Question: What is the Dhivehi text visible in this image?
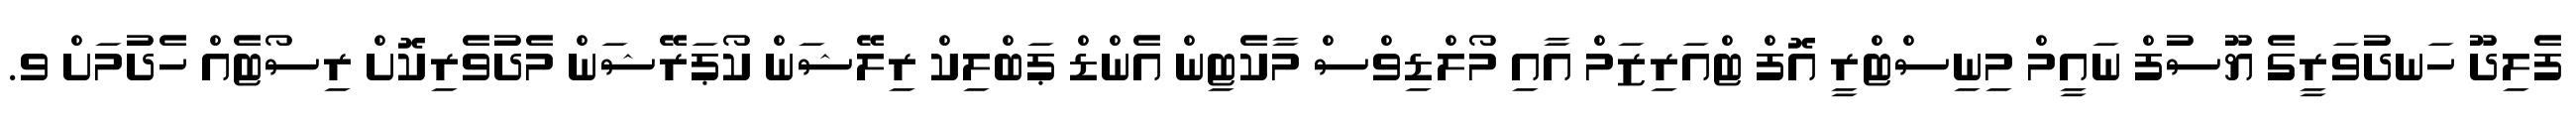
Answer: ފެލިދޫ ހަނދުވަރީގެ ޔޫސުފް ނައީމް މިނިސްޓްރީ އޮފް ޓްއަރިޒަމް އާއި މޯލްޑިވްސް މާކެޓިން އެންޑް ޕަބްލިކް ރިލޭޝަން ކޯޕަރޭޝަން މެދުވެރިކޮށް ރިސޯޓެއް ހެދުމަށް ވ.